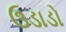
ઉડાડો